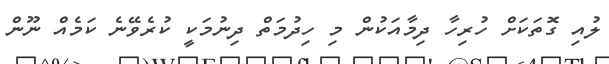
ލުއި ގޮތަކަށް ހުރިހާ ދިމާއަކުން މި ހިދުމަތް ދިނުމަކީ ކުރެވޭނެ ކަމެއް ނޫން